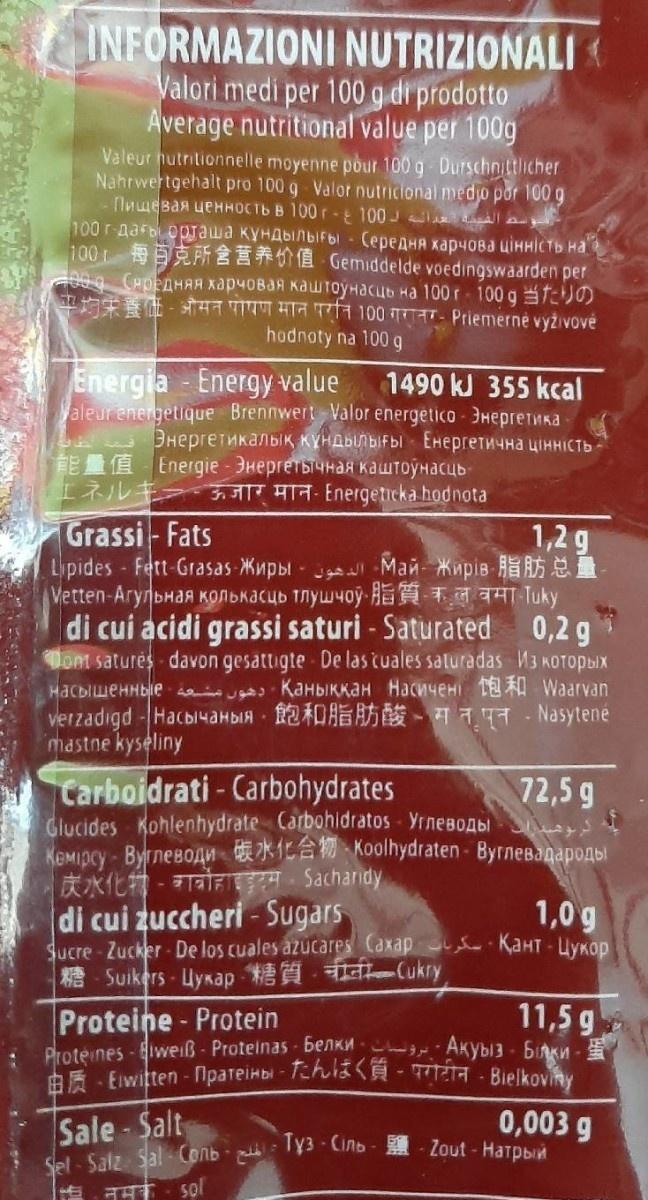
INFORMAZIONI NUTRIZIONALI Valori medi per 100 g di prodotto Average nutritional value per 100g Valeur hutritionnelle moyenne pour 100 g Durschnittlicher Nahrwertgehalt pro 100 g Valor nutricional medjo por 100 g -Пищевая ценность в 100г -t 100- Alay 100г-дағы орташа кундылығы Середня карчова цінність на 100t Gemiddelde voedingswaarden per 9 (вредняя харчовая каштоунасць на 100r- 100 g )0) - औमत पोपण मान परनि 100 गरातर- Priemerne vyzivove hodnoty na 100 g Energia Energy value 1490 kJ 355 kcal Valeur energetique Brennwert Valor energetico - 3HepretMka Энергетикалық күндылығы Енергетична цінність ЕЕ Е Energie - Энергетычная каштоунасць エネルキ ॐ जार मान-Energeticka hodnota Grassi-Fats Lipides Fett-Grasas Kupbi - j Man Kmpis R Vetten-Aryльная колькасць тлушчоў-ВЕHтачч uky di cui acidi grassi saturi - Saturated 0,2 g Dont satures davon gesattigte De las tuales saturadas M3 KOTOPLIX насышенные до Қаныққан Насичені 12 Waarvan verzadıgd -Hacbi4aHbIA - 120AE A -7 - Nasytené mastne kyseliny 1,2 g Carboidrati - Carbohydrates Glucides Kohlenhydrate Carbohidratos - YrneBoAbl Кемрсу- Вуглеводи ЖLа Коolhydraten Byглевәдароды |L - कार्वोहाइड्म 5achandy di cui zuccheri - Sugars Sucre-Zucker- De los cuales azucares Caxap KaHT - UYKOD A Suikers Uykap Cukry 72,5 g 1,0 g 11,5 g Proteine - Protein Proteines -iweiß- Protelnas benKH Akybl3 6iKn AE - Eiwiten - Npateikbi-Tchi - Bielkoviny Sale- Salt Sel - Salz Sal Conb - Ty3 Cinb - - Zout - Harpbin 0,003 g = नमक sol